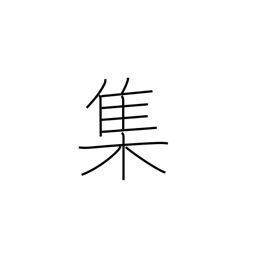
Meaning: swarm